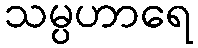
သမ္ပဟာရေ